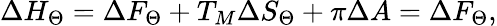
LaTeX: \Delta{H}_{\Theta}=\Delta{F}_{\Theta}+T_{M}\Delta{S}_{\Theta}+{\pi}\Delta{A}=\Delta{F}_{\Theta},